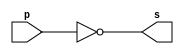
// ---------------
// Extra01- Clculo do complemento de 1 de um byte
// Nome: Josemar Alves Caetano
// Matrcula: 448662
// Data: 04/08/2012
// ----------------

// ----------------
// complemento de 1
// -----------------
module complemento_1(output [3:0]s, input [3:0]p);
 assign s = ~p;
endmodule

// ----------------
// test complemento_1
// -----------------
module test_complemento_1;

// ----------------- Definir dados
 reg [3:0] a;
 wire [3:0]s;

// ----------------- Intncia
 complemento_1 C1(s, a);
 
// ----------------- Parte principal
 initial begin: start
   a = 4'b1010;
 end
 
// ----------------- Parte principal
 initial begin: main
   $display("Extra01 - Josemar Alves Caetano - 448662");
	$display("Teste de complemento de 1.\n");
	
	$monitor("\t%b em complemento de 1 : %b",a, s);
  #1 a = 4'b0001;
  
 end //main
 
endmodule //test_complemento_1